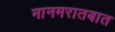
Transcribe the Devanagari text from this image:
मानमरातबात